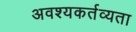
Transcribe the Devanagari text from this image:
अवश्यकर्तव्यता